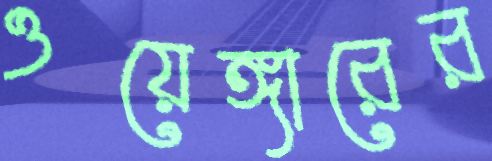
ওয়েঙ্গারের